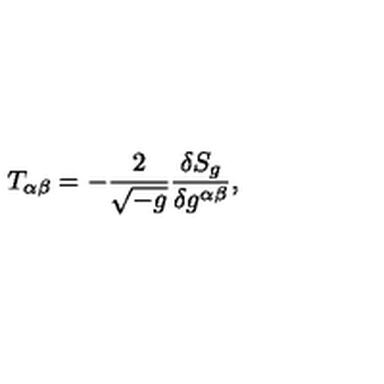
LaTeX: T _ { \alpha \beta } = - { \frac { 2 } { \sqrt { - g } } } { \frac { \delta S _ { g } } { \delta g ^ { \alpha \beta } } } ,